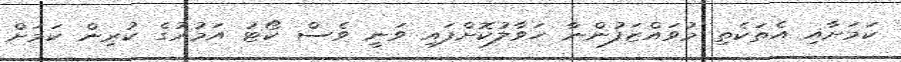
ކަމަށާއި އެތަކެތި މުވައްޒަފުންނާ ހަވާލުކޮށްފައި ވަނީ ވެސް ކޯޓު އަމުރުގެ ކުރިން ކަމަށް